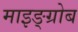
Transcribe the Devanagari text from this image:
माइङ्ग्रोब